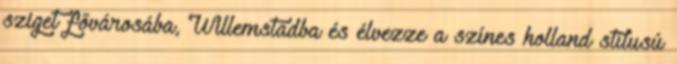
sziget fővárosába, Willemstadba és élvezze a színes holland stílusú